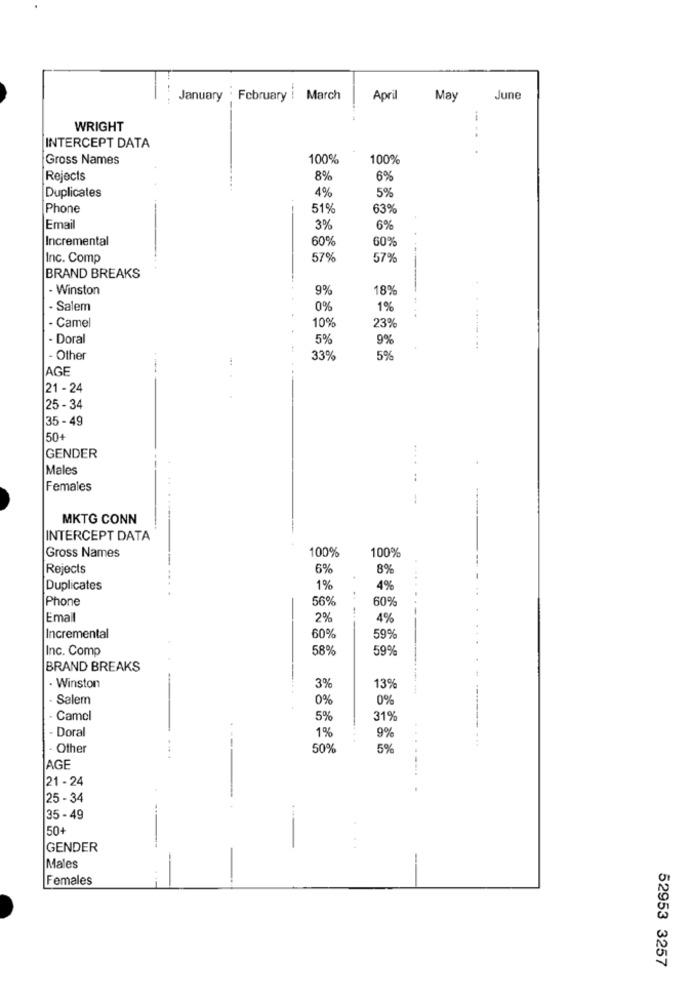
January . February
--
March
April
May
June
WRIGHT
INTERCEPT DATA
Gross Names
100%
100%
Rejects
8%
6%
Duplicates
4%
5%
Phone
51%
63%
Email
3%
6%
Incremental
60%
60%
Inc. Comp
57%
57%
BRAND BREAKS
- Winston
9%
18%
- Salem
0%
1%
10%
23%
- Camel
- Doral
5%
9%
- Other
33%
5%
AGE
21 - 24
25-34
35 - 49
504
GENDER
Males
Females
MKTG CONN
INTERCEPT DATA
100%
100%
Gross Names
Rejects
6%
8%
Duplicates
1%
4%
Phone
56%
60%
Email
2%
4%
Incremental
60%
59%
Inc. Comp
58%
59%
BRAND BREAKS
- Winston
3%
13%
· Salem
0%
0%
· Camel
5%
31%
- Doral
1%
9%
. Other
50%
5%
AGE
21 - 24
25 - 34
35 - 49
50+
GENDER
Males
Females
52953 3257